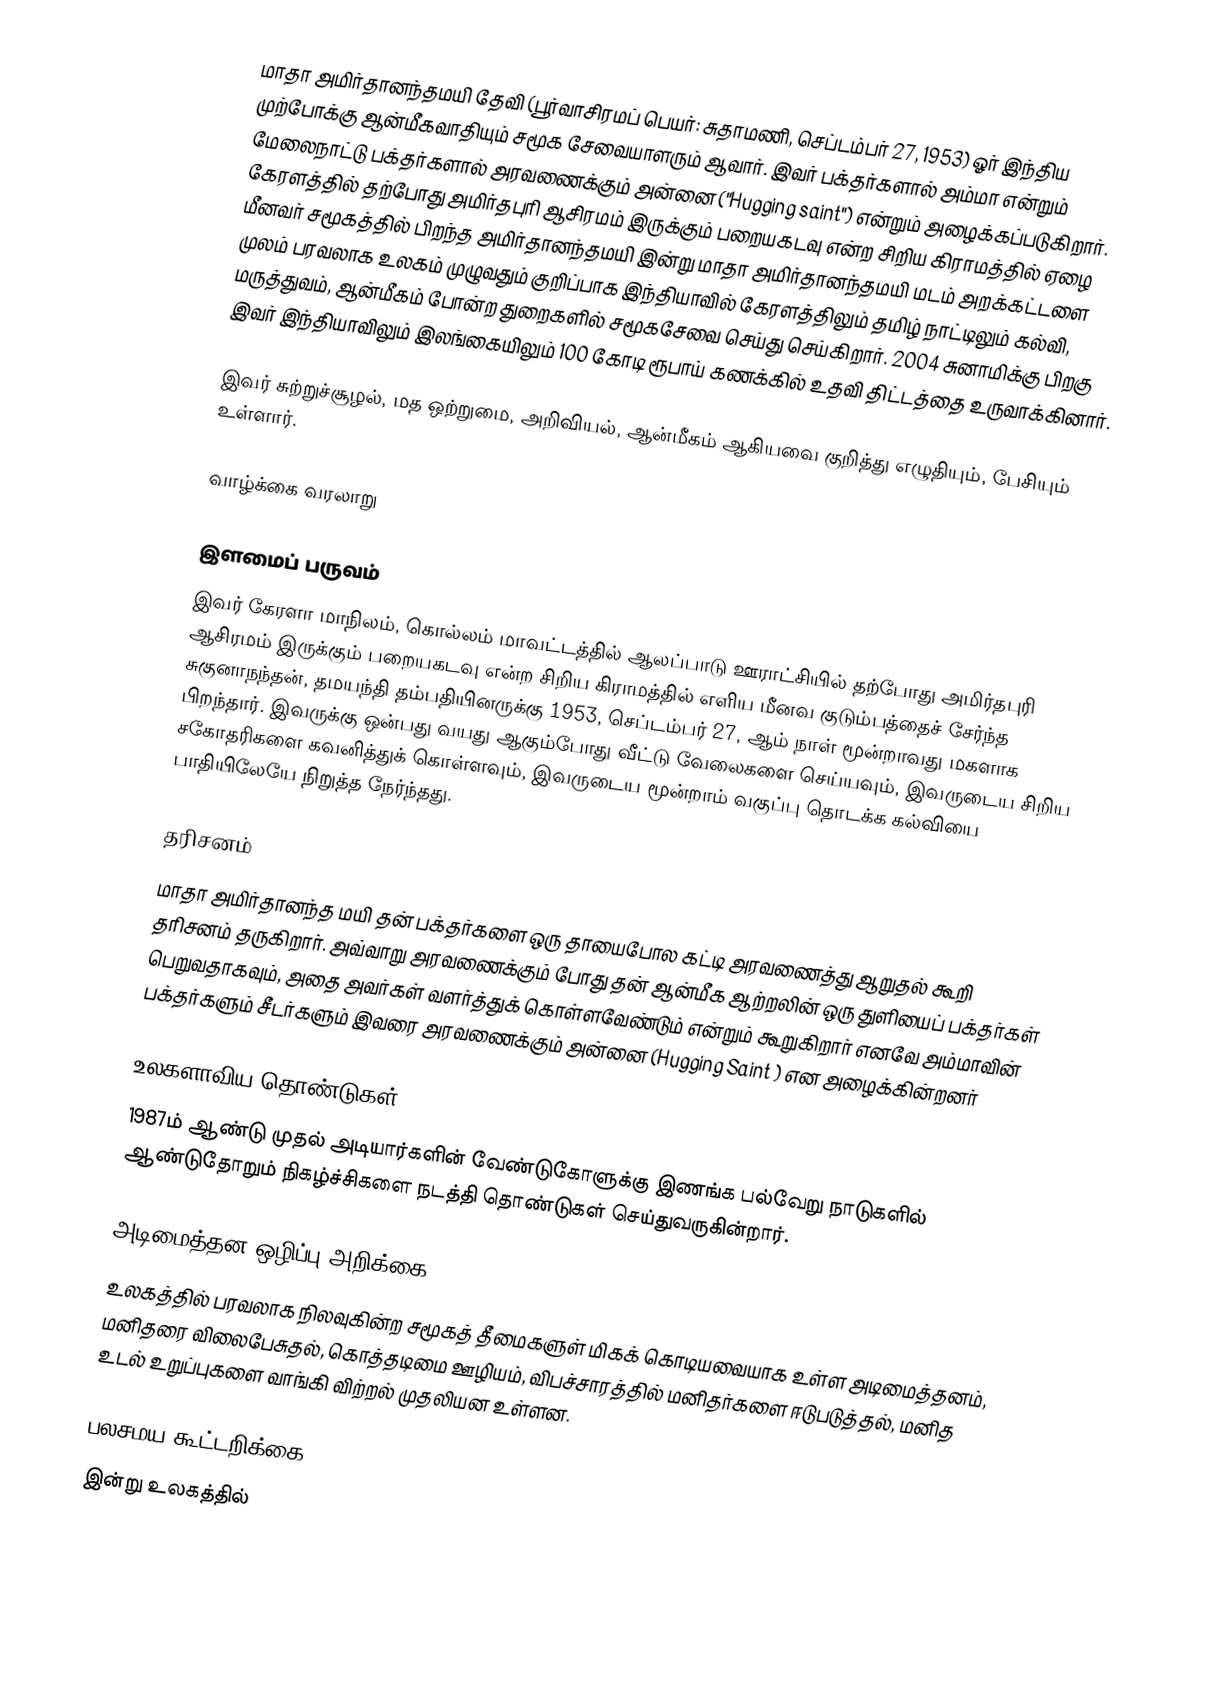
மாதா அமிர்தானந்தமயி தேவி (பூர்வாசிரமப் பெயர்: சுதாமணி, செப்டம்பர் 27, 1953) ஓர் இந்திய முற்போக்கு ஆன்மீகவாதியும் சமூக சேவையாளரும் ஆவார். இவர் பக்தர்களால் அம்மா என்றும் மேலைநாட்டு பக்தர்களால் அரவணைக்கும் அன்னை ("Hugging saint") என்றும் அழைக்கப்படுகிறார். கேரளத்தில் தற்போது அமிர்தபுரி ஆசிரமம் இருக்கும் பறையகடவு என்ற சிறிய கிராமத்தில் ஏழை மீனவர் சமூகத்தில் பிறந்த அமிர்தானந்தமயி இன்று மாதா அமிர்தானந்தமயி மடம் அறக்கட்டளை முலம் பரவலாக உலகம் முழுவதும் குறிப்பாக இந்தியாவில் கேரளத்திலும் தமிழ் நாட்டிலும் கல்வி, மருத்துவம், ஆன்மீகம் போன்ற துறைகளில் சமூகசேவை செய்து செய்கிறார். 2004 சுனாமிக்கு பிறகு இவர் இந்தியாவிலும் இலங்கையிலும் 100 கோடி ரூபாய் கணக்கில் உதவி திட்டத்தை உருவாக்கினார்.

இவர் சுற்றுச்சூழல், மத ஒற்றுமை, அறிவியல், ஆன்மீகம் ஆகியவை குறித்து எழுதியும், பேசியும் உள்ளார்.

வாழ்க்கை வரலாறு

இளமைப் பருவம்
இவர் கேரளா மாநிலம், கொல்லம் மாவட்டத்தில் ஆலப்பாடு ஊராட்சியில் தற்போது அமிர்தபுரி ஆசிரமம் இருக்கும் பறையகடவு என்ற சிறிய கிராமத்தில் எளிய மீனவ குடும்பத்தைச் சேர்ந்த சுகுனாநந்தன், தமயந்தி தம்பதியினருக்கு 1953, செப்டம்பர் 27, ஆம் நாள் மூன்றாவது மகளாக பிறந்தார். இவருக்கு ஒன்பது வயது ஆகும்போது வீட்டு வேலைகளை செய்யவும், இவருடைய சிறிய சகோதரிகளை கவனித்துக் கொள்ளவும், இவருடைய மூன்றாம் வகுப்பு தொடக்க கல்வியை பாதியிலேயே நிறுத்த நேர்ந்தது.

தரிசனம்
மாதா அமிர்தானந்த மயி தன் பக்தர்களை ஒரு தாயைபோல கட்டி அரவணைத்து ஆறுதல் கூறி தரிசனம் தருகிறார். அவ்வாறு அரவணைக்கும் போது தன் ஆன்மீக ஆற்றலின் ஒரு துளியைப் பக்தர்கள் பெறுவதாகவும், அதை அவர்கள் வளர்த்துக் கொள்ளவேண்டும் என்றும் கூறுகிறார்  எனவே அம்மாவின் பக்தர்களும் சீடர்களும் இவரை அரவணைக்கும் அன்னை (Hugging Saint ) என அழைக்கின்றனர்

உலகளாவிய தொண்டுகள்
1987ம் ஆண்டு முதல் அடியார்களின் வேண்டுகோளுக்கு இணங்க பல்வேறு நாடுகளில் ஆண்டுதோறும் நிகழ்ச்சிகளை நடத்தி தொண்டுகள் செய்துவருகின்றார்.

அடிமைத்தன ஒழிப்பு அறிக்கை
உலகத்தில் பரவலாக நிலவுகின்ற சமூகத் தீமைகளுள் மிகக் கொடியவையாக உள்ள அடிமைத்தனம், மனிதரை விலைபேசுதல், கொத்தடிமை ஊழியம், விபச்சாரத்தில் மனிதர்களை ஈடுபடுத்தல், மனித உடல் உறுப்புகளை வாங்கி விற்றல் முதலியன உள்ளன.

பலசமய கூட்டறிக்கை
இன்று உலகத்தில்